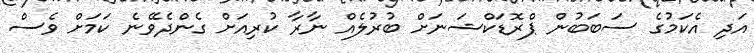
އަދި އެކަމުގެ ސަބަބުން ޕްރޮޑަކްޝަނަށް ބުރުލެއް ނާރާ ކުރިއަށް ގެންދެވޭނެ ކަމަށް ވެސް